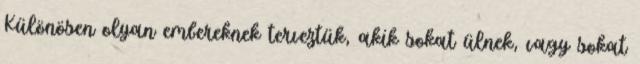
Különösen olyan embereknek terveztük, akik sokat ülnek, vagy sokat